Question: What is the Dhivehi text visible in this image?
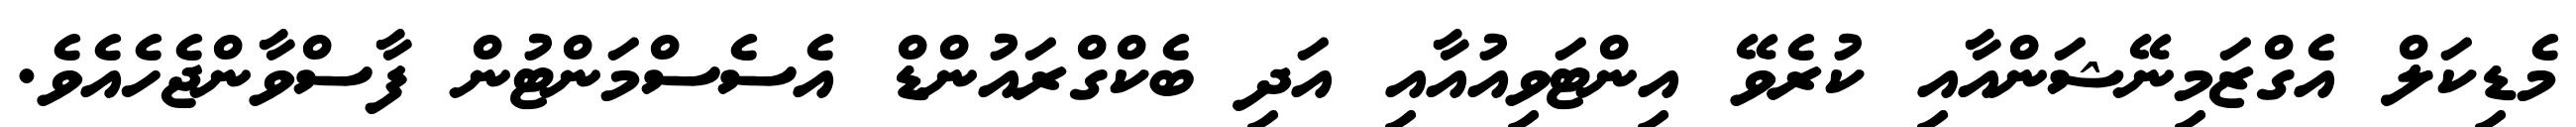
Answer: މެޑިކަލް އެގްޒަމިނޭޝަންއާއި ކުރެވޭ އިންޓަވިއުއާއި އަދި ބެކްގްރައުންޑް އެސެސްމަންޓުން ފާސްވާންޖެހެއެވެ.